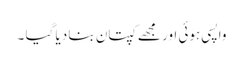
واپسی ہوئی اور مجھے کپتان بنا دیا گیا ۔